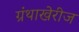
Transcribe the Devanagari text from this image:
ग्रंथाखेरीज